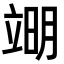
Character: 𮄱